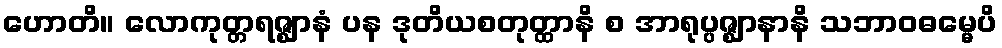
ဟောတိ။ လောကုတ္တရဇ္ဈာနံ ပန ဒုတိယစတုတ္ထာနိ စ အာရုပ္ပဇ္ဈာနာနိ သဘာဝဓမ္မေပိ